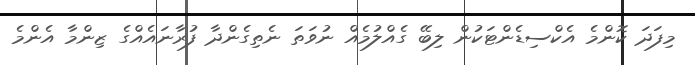
މިފަދަ ކޮންމެ އެކްސިޑެންޓަކުން ލިބޭ ގެއްލުމެއް ނުވަތަ ނެތިގެންދާ ފުރާނައެއްގެ ޒިންމާ އެންމެ